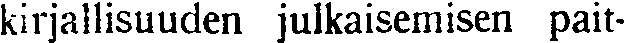
kirjallisuuden julkaisemisen pait-